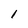
Character: 1